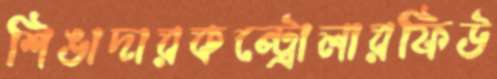
শিঙাদারকন্ট্রোলারফিউ